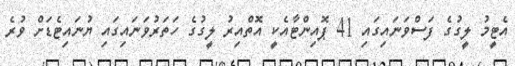
އެޓީމު ލީގުގެ ފަސްވަނައިގައި 41 ޕޮއިންޓާއެކީ އޮތްއިރު ލީގުގެ ހަތަރުވަނައިގައި ޔުނައިޓެޑަށް ވުރެ